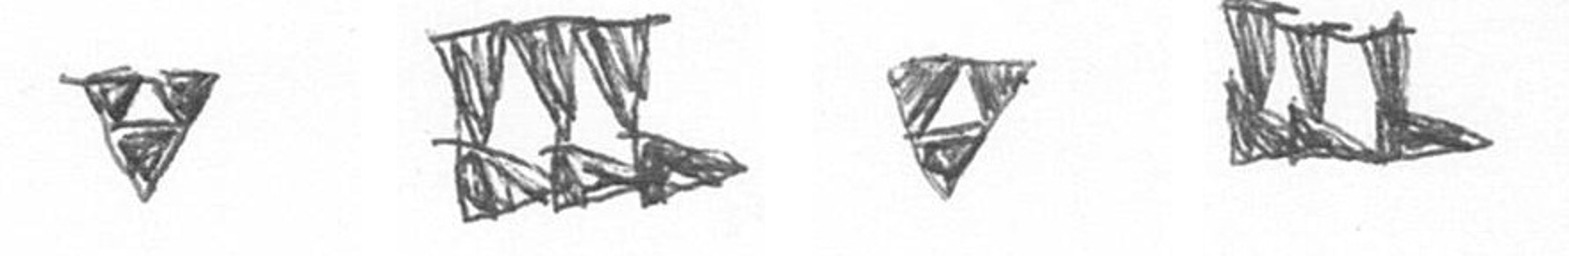
S D S D